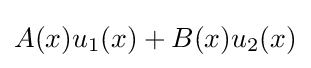
A(x)u_{1}(x)+B(x)u_{2}(x)